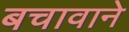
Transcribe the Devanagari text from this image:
बचावाने